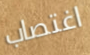
اغتصاب